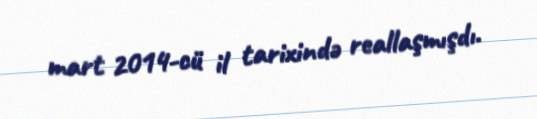
mart 2014-cü il tarixində reallaşmışdı.